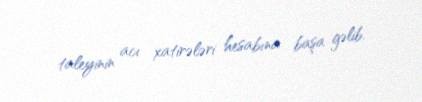
taleyinin acı xatirələri hesabına başa gəlib.